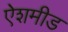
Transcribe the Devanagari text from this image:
ऐशमीड